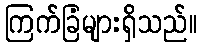
ကြက်ခြံများရှိသည်။